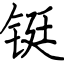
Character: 铤